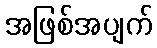
အဖြစ်အပျက်